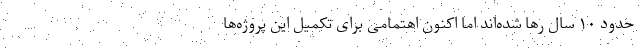
حدود ۱۰ سال رها شده‌اند اما اکنون اهتمامی برای تکمیل این پروژه‌ها